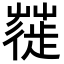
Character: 𦹼